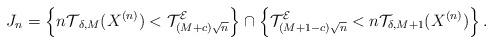
LaTeX: \begin{align*} J_n=\left\{{ n\mathcal{T}}_{\delta,M}(X^{(n)}) <{\mathcal{T}}^{\mathcal{E}}_{(M+c)\sqrt{n}} \right\}\cap \left\{ {\mathcal{T}}^{\mathcal{E}}_{(M+1-c)\sqrt{n}} < n{\mathcal{T}}_{\delta,M+1}(X^{(n)}) \right\}.\end{align*}